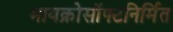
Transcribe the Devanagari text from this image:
मायक्रोसॉफ्टनिर्मित